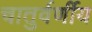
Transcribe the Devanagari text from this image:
चातुर्वर्णीय